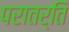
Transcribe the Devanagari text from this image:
परातर्ति